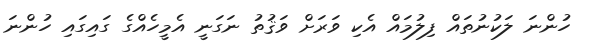
ހުންނަ ލަކުނުތައް ފިލުމައް އެކި ވަރަށް ވަޤުތު ނަގަނީ އެމީހެއްގެ ގައިގައި ހުންނަ